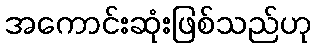
အကောင်းဆုံးဖြစ်သည်ဟု